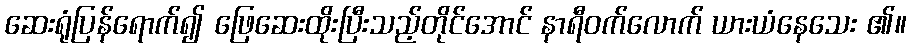
ဆေးရုံပြန်ရောက်၍ ဖြေဆေးထိုးပြီးသည့်တိုင်အောင် နာရီဝက်လောက် ယားယံနေသေး ၏။